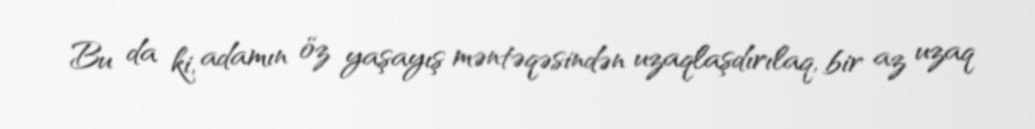
Bu da ki, adamın öz yaşayış məntəqəsindən uzaqlaşdırılaq, bir az uzaq